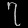
Digit: ၇